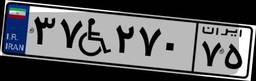
۳۷W۲۷۰۷۵